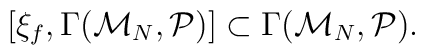
[\xi_{f},\Gamma({\cal M}_{N},{\cal P})]\subset\Gamma({\cal M}_{N},{\cal P}).